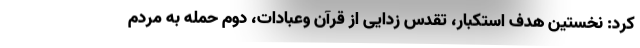
کرد: نخستین هدف استکبار، تقدس زدایی از قرآن وعبادات، دوم حمله به مردم